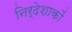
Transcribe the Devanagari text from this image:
निर्देशाकों